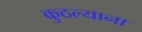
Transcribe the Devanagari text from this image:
कुठल्याना